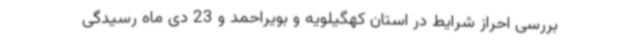
بررسی احراز شرایط در استان کهگیلویه و بویراحمد و 23 دی ماه رسیدگی